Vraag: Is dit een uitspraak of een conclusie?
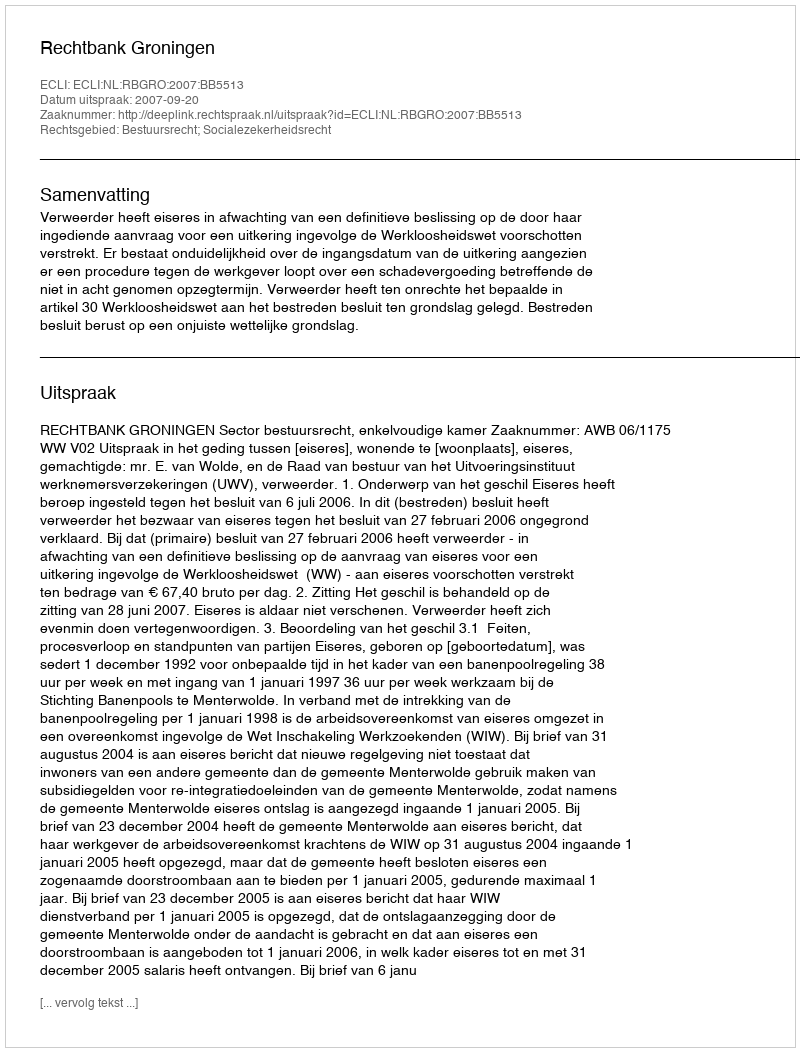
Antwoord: Uitspraak